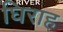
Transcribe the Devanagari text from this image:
घिराह